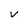
Character: V